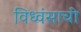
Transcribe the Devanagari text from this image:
विध्वंसाची